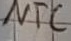
Text: NTC